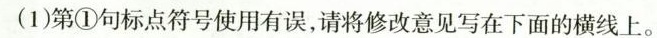
(1)第①句标点符号使用有误，请将修改意见写在下面的横线上。